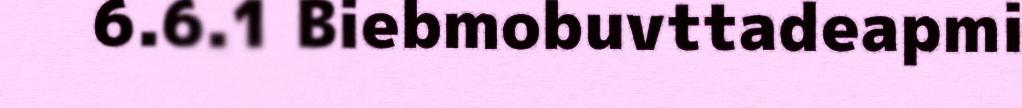
6.6.1 Biebmobuvttadeapmi